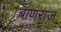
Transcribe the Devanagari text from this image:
बाणराज